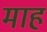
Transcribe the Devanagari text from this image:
माहं